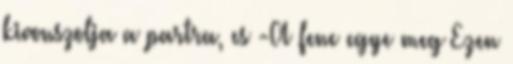
kivonszolja a partra, es -A fene egye meg Ezen